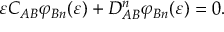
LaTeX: \varepsilon C _ { A B } \varphi _ { B n } ( \varepsilon ) + D _ { A B } ^ { n } \varphi _ { B n } ( \varepsilon ) = 0 .